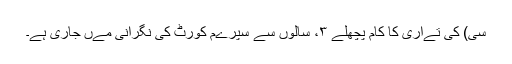
سی) کی تےاری کا کام پچھلے ۳، سالوں سے سپرےم کورٹ کی نگرانی مےں جاری ہے۔